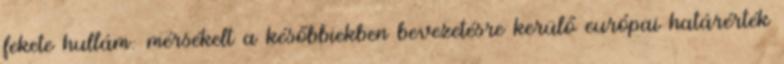
fekete hullám: mérsékelt a későbbiekben bevezetésre kerülő európai határérték